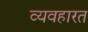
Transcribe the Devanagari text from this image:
व्‍यवहारत